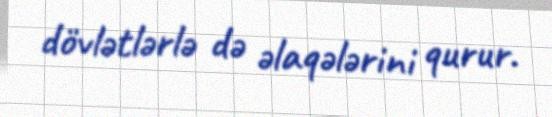
dövlətlərlə də əlaqələrini qurur.